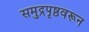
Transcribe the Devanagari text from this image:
समुद्रपृष्ठवरून